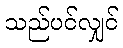
သည်ပင်လျှင်